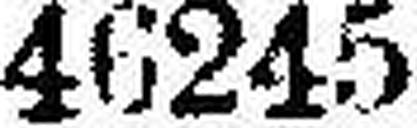
46245